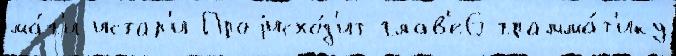
ма́г'и-истар'и Проjисхо́д'ит глав'е6 грамма́т'ику